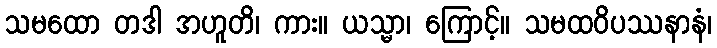
သမထော တဒါ အဟူတိ၊ ကား။ ယသ္မာ၊ ကြောင့်။ သမထဝိပဿနာနံ၊